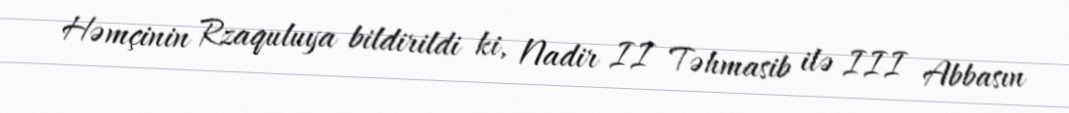
Həmçinin Rzaquluya bildirildi ki, Nadir II Təhmasib ilə III Abbasın